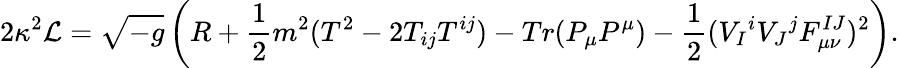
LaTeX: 2\kappa^{2}{\cal L}=\sqrt{-g}\left(R+{\frac{1}{2}}m^{2}(T^{2}-2T_{ij}T^{ij})-Tr(P_{\mu}P^{\mu})-{\frac{1}{2}}(V_{I}{}^{i}V_{J}{}^{j}F_{\mu\nu}^{IJ})^{2}\right).